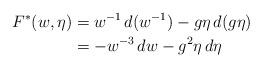
LaTeX: \begin{align*}F^*(w, \eta) &= w^{-1} \, d(w^{-1}) - g \eta \, d(g \eta)\\&= -w^{-3} \, dw - g^2 \eta \, d\eta\end{align*}